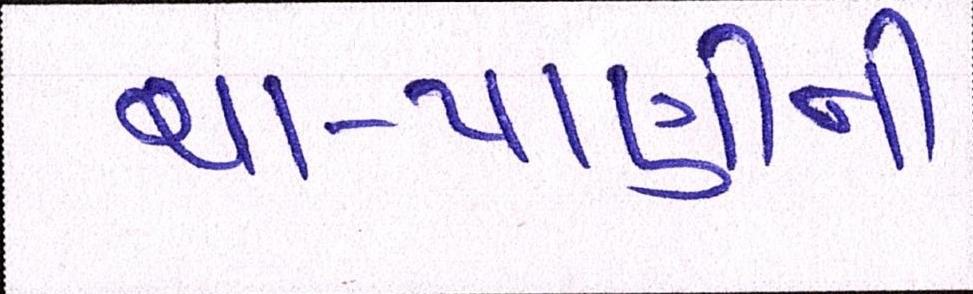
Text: ચા-પાણીની